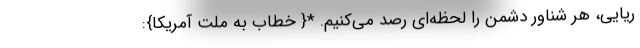
ریایی، هر شناور دشمن را لحظه‌ای رصد می‌کنیم. *{ خطاب به ملت آمریکا}: